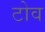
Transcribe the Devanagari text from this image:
टोव